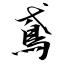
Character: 鳶